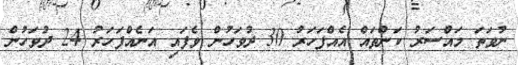
ނުވަތަ މައްސަރު ކަންތައް އެއްފަހަރު 30 ދުވަހުން ވެފައި އަނެއްފަހަރު 24 ދުވަހުން